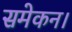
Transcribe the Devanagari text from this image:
समेकन।